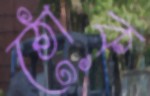
ঠোক্‌